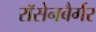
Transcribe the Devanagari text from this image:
रॉसेनबैर्गर